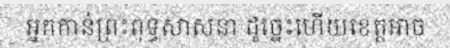
អ្នកកាន់ព្រះពុទ្ធសាសនា ដូច្នេះហើយខេត្តអាច